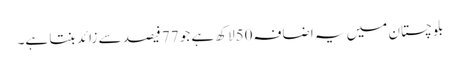
بلوچستان میں یہ اضافہ50لاکھ ہے جو 77 فیصد سے زائد بنتا ہے۔